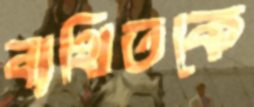
ব্যথিতকে